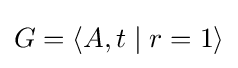
G=\langle A,t\mid r=1\rangle